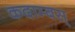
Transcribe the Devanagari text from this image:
कदाम्बस्